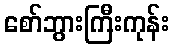
စော်ဘွားကြီးကုန်း